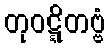
တုဝဋ္ဋိတဗ္ဗံ